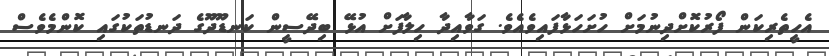
އެހީތެރިކަން ފޯރުކޮށްދިނުމަށް ހުށަހަޅާފައިވެއެވެ. ގަވާއިދާ ހިލާފަށް އުޅޭ ބިދޭސީން ކަނޑޫދޫގެ ދަނޑުތަކުގައި ކޮންމެވެސް